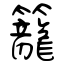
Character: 籠